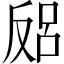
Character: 𱑻